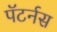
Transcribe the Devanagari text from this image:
पॅटर्नस